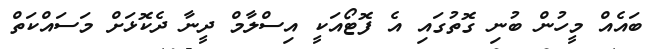
ބައެއް މީހުން ބުނި ގޮތުގައި އެ ފޮޓޯއަކީ އިސްލާމް ދީނާ ދެކޮޅަށް މަސައްކަތް